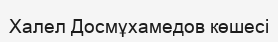
Халел Досмұхамедов көшесі